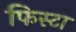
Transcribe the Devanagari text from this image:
फिस्टा